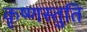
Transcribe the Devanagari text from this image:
कृष्णस्तुति